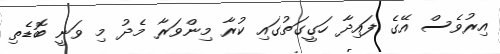
އިރުވެސް އޭގެ ފައިދާ ހަގީގަތުގައި ކުރާ މިންވަރާ މެދު މި ވަނީ ބޮޑެތި